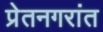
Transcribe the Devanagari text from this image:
प्रेतनगरांत